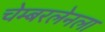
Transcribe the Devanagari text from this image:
चेम्बरलेनला